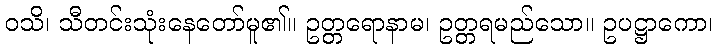
ဝသိ၊ သီတင်းသုံးနေတော်မူ၏။ ဥတ္တရောနာမ၊ ဥတ္တရမည်သော။ ဥပဋ္ဌာကော၊